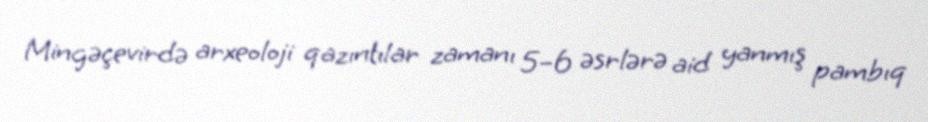
Mingəçevirdə arxeoloji qazıntılar zamanı 5–6 əsrlərə aid yanmış pambıq